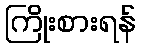
ကြိုးစားရန်